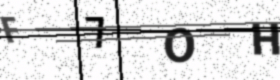
Text: F7OH